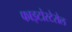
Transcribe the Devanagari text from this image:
फाइटोस्टेरोल